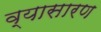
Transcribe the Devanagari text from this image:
व्यासारण